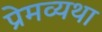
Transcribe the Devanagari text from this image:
प्रेमव्यथा